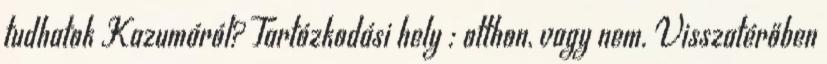
tudhatok Kazumáról? Tartózkodási hely : otthon, vagy nem. Visszatérőben